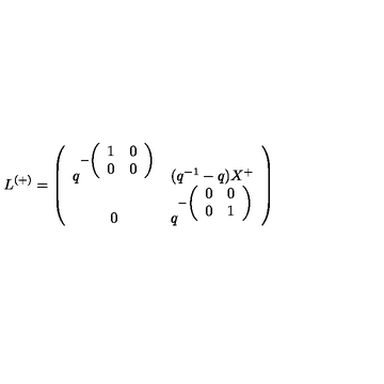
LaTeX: L ^ { ( + ) } = \left( \begin{array} { c c } { q ^ { - \left( \begin{array} { c c } { 1 } & { 0 } \\ { 0 } & { 0 } \\ \end{array} \right) } } & { ( q ^ { - 1 } - q ) X ^ { + } } \\ { 0 } & { q ^ { - \left( \begin{array} { c c } { 0 } & { 0 } \\ { 0 } & { 1 } \\ \end{array} \right) } } \\ \end{array} \right)